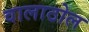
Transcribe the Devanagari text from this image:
वालाठोल